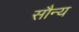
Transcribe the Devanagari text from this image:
सौन्य